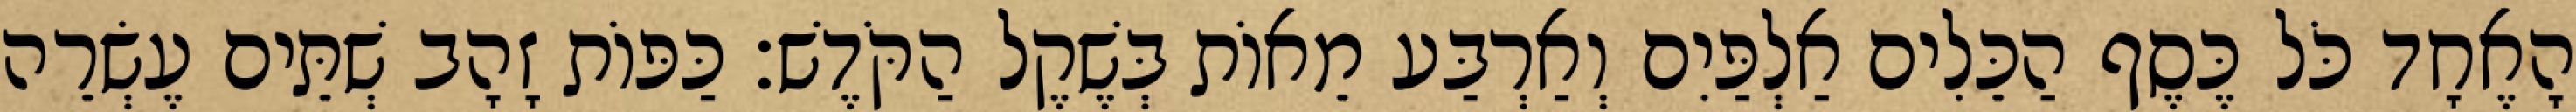
הָאֶחָד כֹּל כֶּסֶף הַכֵּלִים אַלְפַּיִם וְאַרְבַּע מֵאוֹת בְּשֶׁקֶל הַקֹּדֶשׁ׃ כַּפּוֹת זָהָב שְׁתֵּים עֶשְׂרֵה